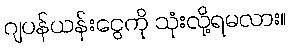
ဂျပန်ယန်းငွေကို သုံးလို့ရမလား။